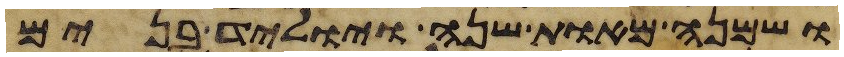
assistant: ושמנה מאות שנה ויוליד בנים